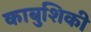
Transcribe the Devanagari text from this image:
काबुशिकी